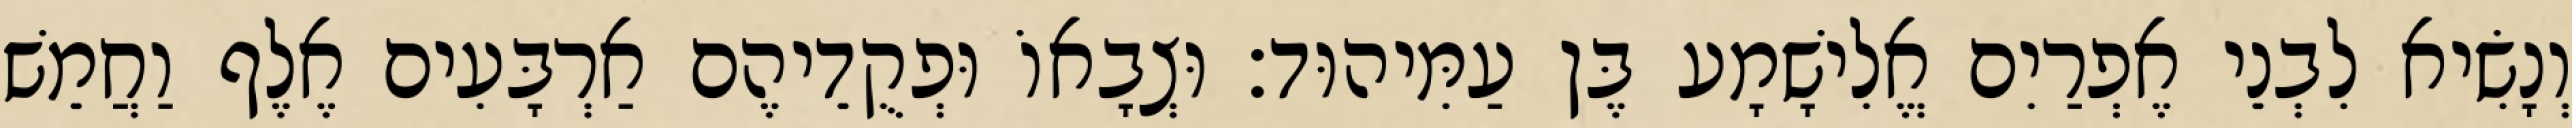
וְנָשִׂיא לִבְנֵי אֶפְרַיִם אֱלִישָׁמָע בֶּן עַמִּיהוּד׃ וּצְבָאוֹ וּפְקֻדֵיהֶם אַרְבָּעִים אֶלֶף וַחֲמֵשׁ